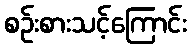
စဉ်းစားသင့်ကြောင်း